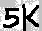
Text: 5K